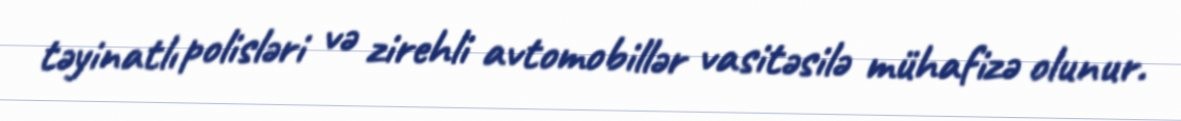
təyinatlı polisləri və zirehli avtomobillər vasitəsilə mühafizə olunur.